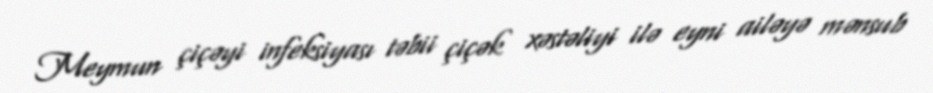
Meymun çiçəyi infeksiyası təbii çiçək xəstəliyi ilə eyni ailəyə mənsub